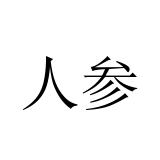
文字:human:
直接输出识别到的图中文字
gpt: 人参